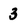
Character: 3